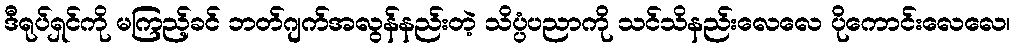
ဒီရုပ်ရှင်ကို မကြည့်ခင် ဘတ်ဂျက်အလွန်နည်းတဲ့ သိပ္ပံပညာကို သင်သိနည်းလေလေ ပိုကောင်းလေလေ၊